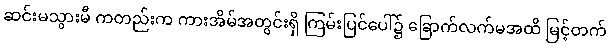
ဆင်းမသွားမီ ကတည်းက ကားအိမ်အတွင်းရှိ ကြမ်းပြင်ပေါ်၌ ခြောက်လက်မအထိ မြင့်တက်